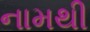
નામથી